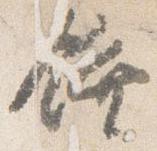
饌